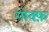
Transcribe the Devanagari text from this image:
गोक्फ़